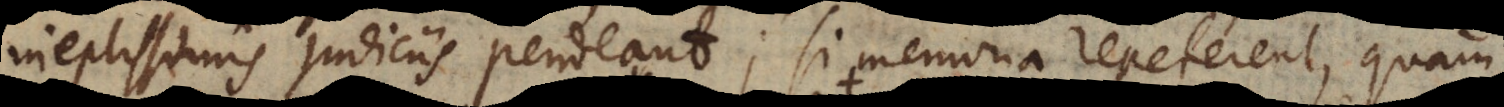
ineptissimis judiciis pendeant; si memoria repeterent, quam